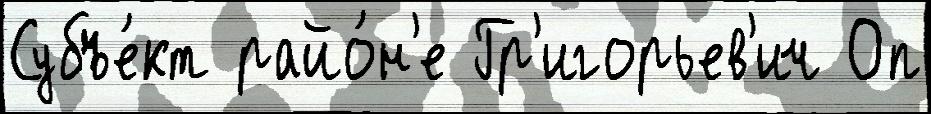
Субъе́кт райо́н'е Гр'игорьев'ич Оп